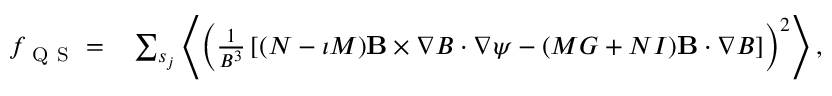
\begin{array} { r l } { f _ { \mathrm { ~ Q ~ S ~ } } = } & { { } \sum _ { s _ { j } } \left< \left( \frac { 1 } { B ^ { 3 } } \left[ ( N - \iota M ) \mathbf B \times \nabla B \cdot \nabla \psi - ( M G + N I ) \mathbf B \cdot \nabla B \right] \right) ^ { 2 } \right> , } \end{array}